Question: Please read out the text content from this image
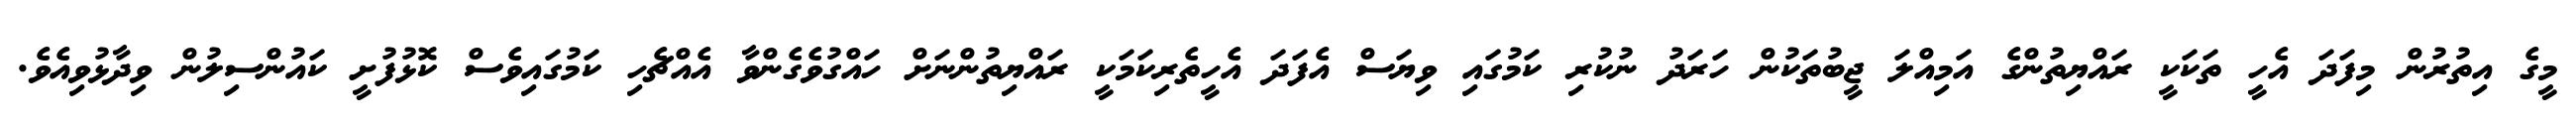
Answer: މީގެ އިތުރުން މިފަދަ އެހީ ތަކަކީ ރައްޔިތުންގެ އަމިއްލަ ޖީބުތަކުން ހަރަދު ނުކުރި ކަމުގައި ވިޔަސް އެފަދަ އެހީތެރިކަމަކީ ރައްޔިތުންނަށް ހައްގުވެގެންވާ އެއްޗެހި ކަމުގައިވެސް ކޮޅުފުށީ ކައުންސިލުން ވިދާޅުވިއެވެ.